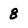
Character: 8